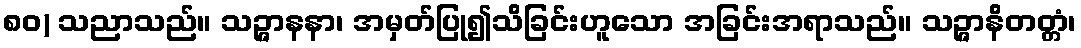
၈၀) သညာသည်။ သဉ္ဇာနနာ၊ အမှတ်ပြု၍သိခြင်းဟူသော အခြင်းအရာသည်။ သဉ္ဇာနိတတ္တံ၊